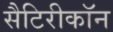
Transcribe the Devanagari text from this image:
सैटिरीकॉन